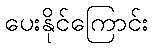
ပေးနိုင်ကြောင်း